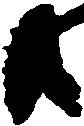
共